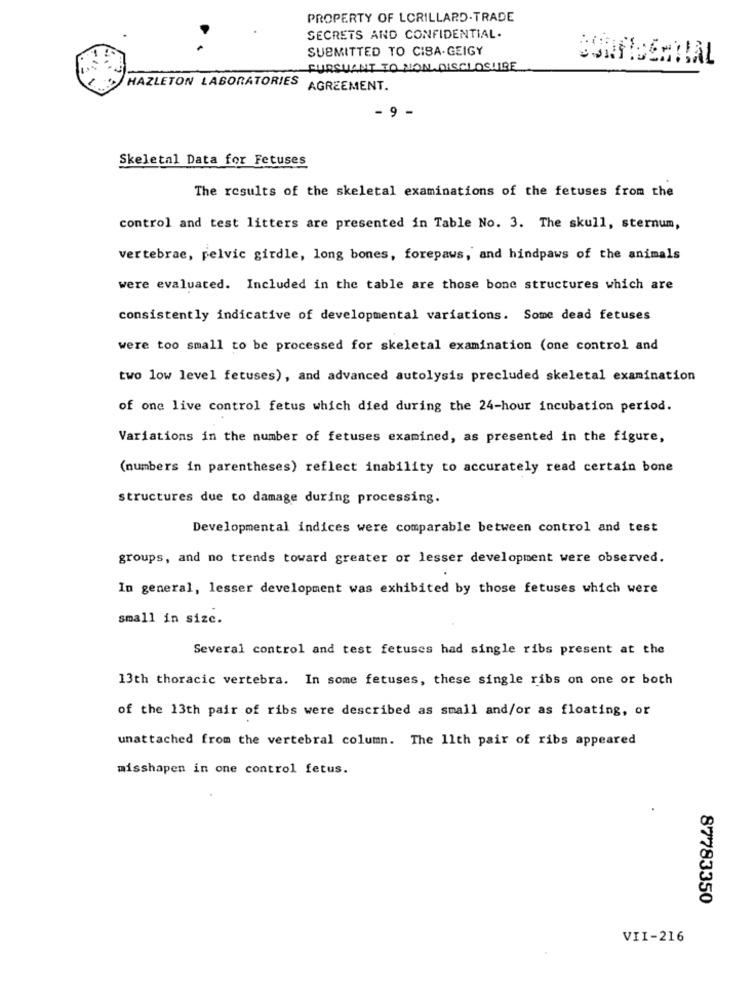
PROPERTY OF LORILLARD-TRADE
SECRETS AND CONFIDENTIAL.
SUBMITTED TO CIBA-GEIGY
PURSUANT TO NON DISCLOSURE
HAZLETON LABORATORIES
AGREEMENT.
- 9 -
Skeletal Data for Fetuses
The results of the skeletal examinations of the fetuses from the
control and test litters are presented in Table No. 3. The skull, sternum,
vertebrae, pelvic girdle, long bones, forepaws, and hindpaws of the animals
were evaluated. Included in the table are those bone structures which are
consistently indicative of developmental variations. Some dead fetuses
were too small to be processed for skeletal examination (one control and
two low level fetuses), and advanced autolysis precluded skeletal examination
of one live control fetus which died during the 24-hour incubation period.
Variations in the number of fetuses examined, as presented in the figure,
(numbers in parentheses) reflect inability to accurately read certain bone
structures due to damage during processing.
Developmental indices were comparable between control and test
groups, and no trends toward greater or lesser development were observed.
In general, lesser development was exhibited by those fetuses which were
small in size.
Several control and test fetuses had single ribs present at the
13th thoracic vertebra. In some fetuses, these single ribs on one or both
of the 13th pair of ribs were described as small and/or as floating, or
unattached from the vertebral column. The 11th pair of ribs appeared
misshapen in one control fetus.
87783350
VII-216